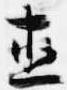
直